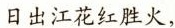
日出江花红胜火，